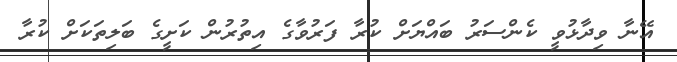
އޭނާ ވިދާޅުވީ ކެންސަރު ބައްޔަށް ކުރާ ފަރުވާގެ އިތުރުން ކަށީގެ ބަލިތަކަށް ކުރާ